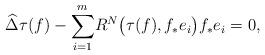
LaTeX: \begin{align*}\widehat{\Delta}\tau(f)-\underset{i=1}{\overset{m}{\sum}}R^{N}\big(\tau(f),f_{*}e_{i}\big)f_{*}e_{i}=0,\end{align*}